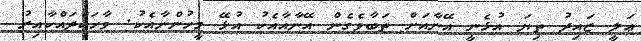
ޢަލީ ޒައިދު ތިޔަ އުޅެނީ އޭނާއަށް ތަބާވެގެން އޭނާއާއެކު އުޅޭ މީހުންނާއެކު. ވާހަކަދައްކާއިރު